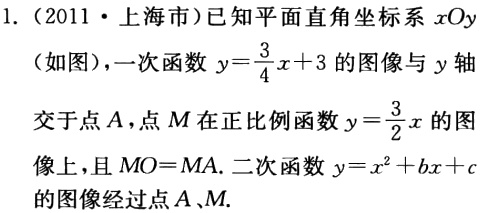
1.（2011·上海市）已知平面直角坐标系\(xOy\)
（如图），一次函数\(y = \frac{3}{4}x + 3\)的图像与\(y\)轴
交于点\(A\)，点\(M\)在正比例函数\(y=\frac{3}{2}x\)的图
像上，且\(MO = MA\). 二次函数\(y = x^{2}+bx + c\)
的图像经过点\(A\)、\(M\).